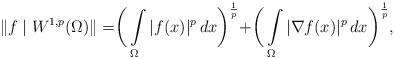
LaTeX: \begin{align*}\|f\mid W^{1,p}(\Omega)\|=\biggr(\int\limits _{\Omega}|f(x)|^{p}\, dx\biggr)^{\frac{1}{p}}+\biggr(\int\limits _{\Omega}|\nabla f(x)|^{p}\, dx\biggr)^{\frac{1}{p}},\end{align*}